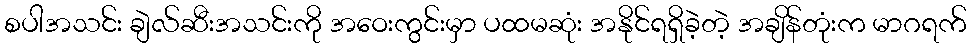
စပါအသင်း ချဲလ်ဆီးအသင်းကို အဝေးကွင်းမှာ ပထမဆုံး အနိုင်ရရှိခဲ့တဲ့ အချိန်တုံးက မာဂရက်